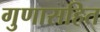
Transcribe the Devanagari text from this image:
गुणासहित